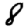
Digit: 8